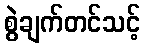
စွဲချက်တင်သင့်